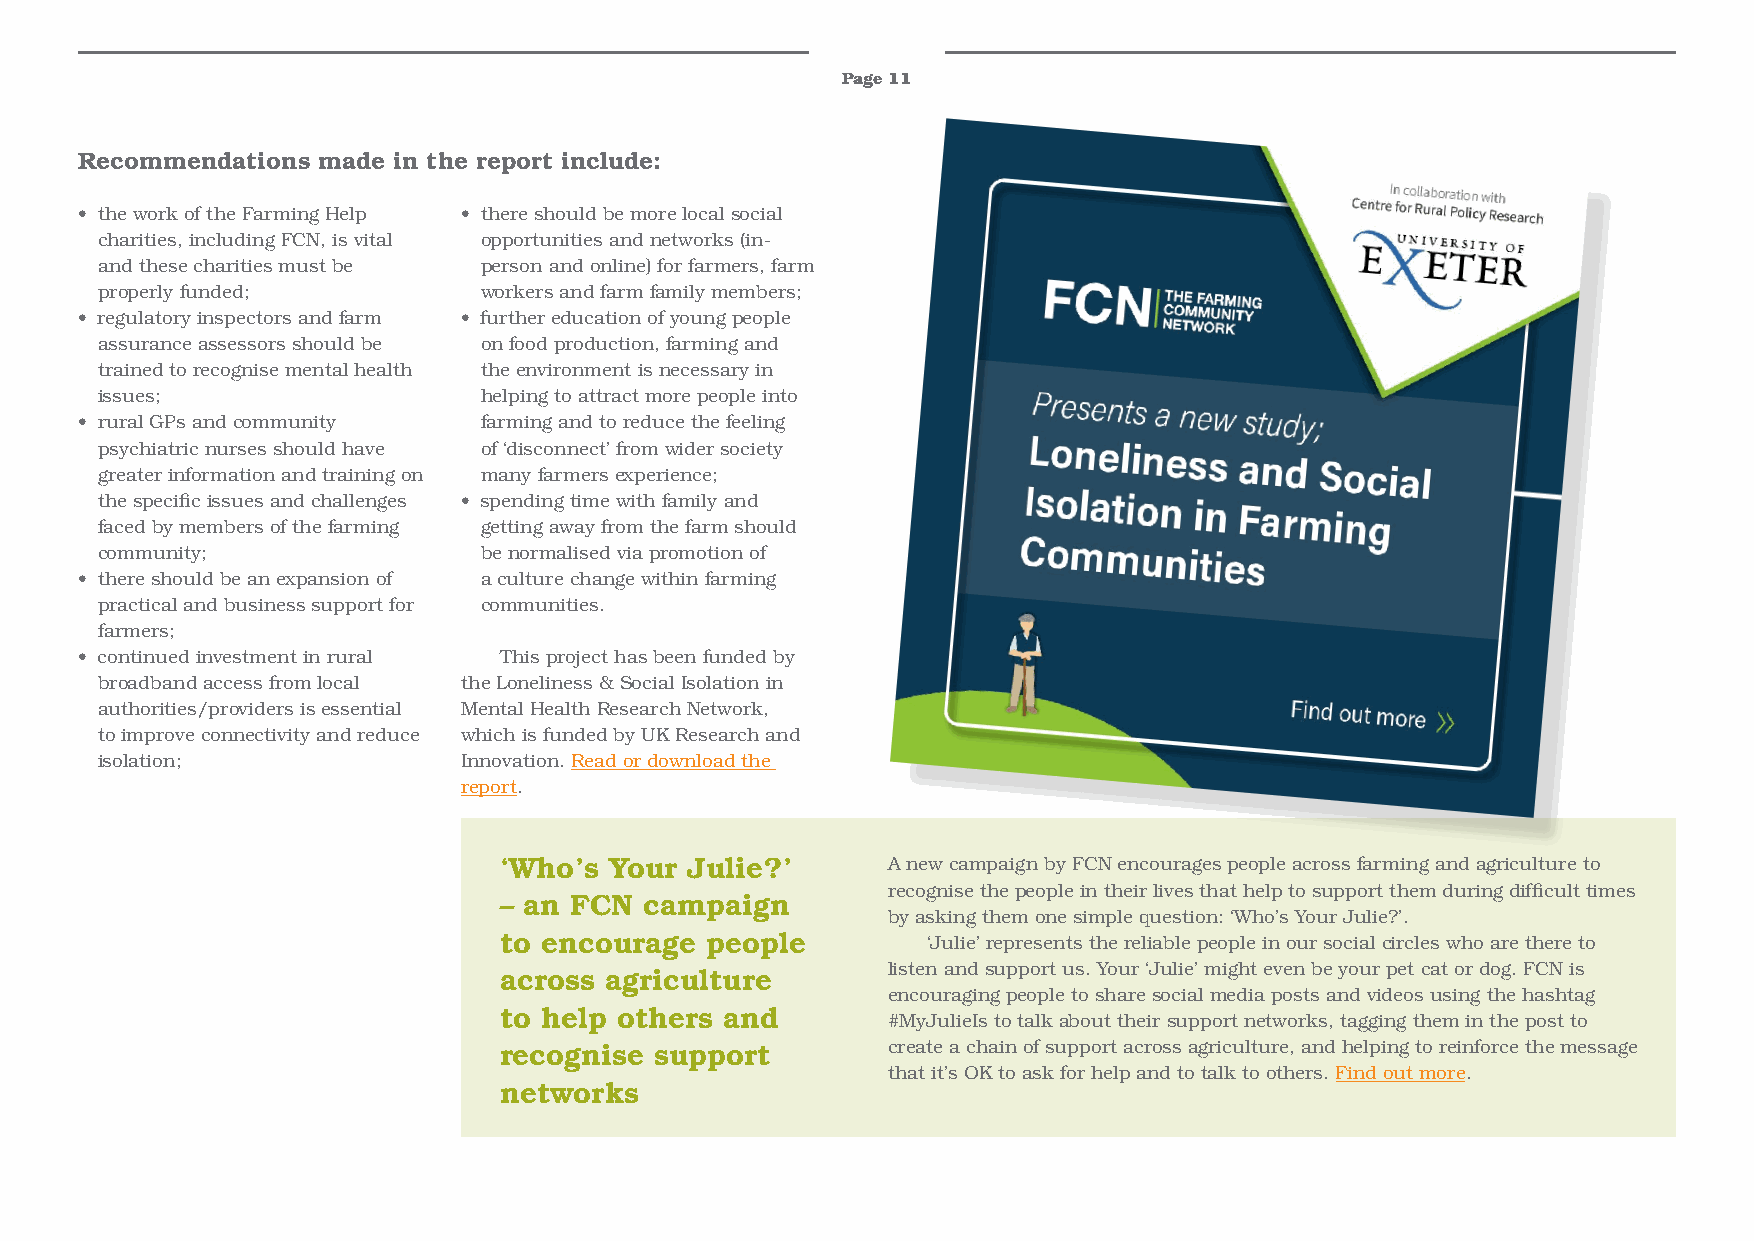
Page 11
 Recommendations made in the report include:
 • the work of the Farming Help • there should be more local social
 charities, including FCN, is vital opportunities and networks (in-
 and these charities must be person and online) for farmers, farm
 properly funded;          workers and farm family members;
 • regulatory inspectors and farm • further education of young people
 assurance assessors should be on food production, farming and
 trained to recognise mental health the environment is necessary in
 issues;                   helping to attract more people into
 • rural GPs and community  farming and to reduce the feeling
 psychiatric nurses should have of ‘disconnect’ from wider society
 greater information and training on many farmers experience;
 the specific issues and challenges • spending time with family and
 faced by members of the farming getting away from the farm should
 community;                be normalised via promotion of
 • there should be an expansion of a culture change within farming
 practical and business support for communities.
 farmers;
 • continued investment in rural This project has been funded by
 broadband access from local the Loneliness & Social Isolation in
 authorities/providers is essential Mental Health Research Network,
 to improve connectivity and reduce which is funded by UK Research and
 isolation;               Innovation. Read or download the
 report.
 ‘Who’s Your  Julie?’      A new campaign by FCN encourages people across farming and agriculture to
 recognise the people in their lives that help to support them during difficult times
 – an FCN  campaign
 by asking them one simple question: ‘Who’s Your Julie?’.
 to encourage  people        ‘Julie’ represents the reliable people in our social circles who are there to
 listen and support us. Your ‘Julie’ might even be your pet cat or dog. FCN is
 across agriculture
 encouraging people to share social media posts and videos using the hashtag
 to help others and
 #MyJulieIs to talk about their support networks, tagging them in the post to
 recognise support         create a chain of support across agriculture, and helping to reinforce the message
 that it’s OK to ask for help and to talk to others. Find out more.
 networks